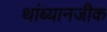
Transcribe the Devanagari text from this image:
थांब्यानजीक